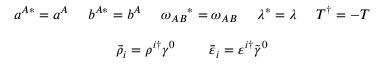
\begin{array} { c } { { a ^ { A * } = a ^ { A } ~ ~ ~ ~ b ^ { A * } = b ^ { A } ~ ~ ~ ~ \omega _ { A B } { } ^ { * } = \omega _ { A B } ~ ~ ~ ~ \lambda ^ { * } = \lambda ~ ~ ~ ~ T ^ { \dagger } = - T } } \\ { { { } } } \\ { { \bar { \rho } _ { i } = \rho ^ { i \dagger } \gamma ^ { 0 } ~ ~ ~ ~ ~ ~ ~ \bar { \varepsilon } _ { i } = \varepsilon ^ { i \dagger } \tilde { \gamma } ^ { 0 } } } \end{array}